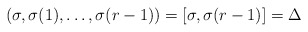
\begin{align*} (\sigma, \sigma(1), \ldots, \sigma(r-1))=[\sigma,\sigma(r-1)]=\Delta\end{align*}